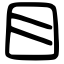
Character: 目